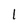
Character: 1